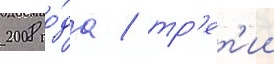
2008 го́да / тр'ет'ии